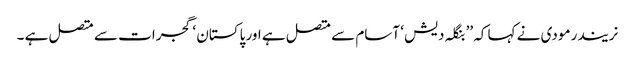
نریندر مودی نے کہا کہ ’’ بنگلہ دیش ‘ آسام سے متصل ہے اور پاکستان ‘ گجرات سے متصل ہے ۔